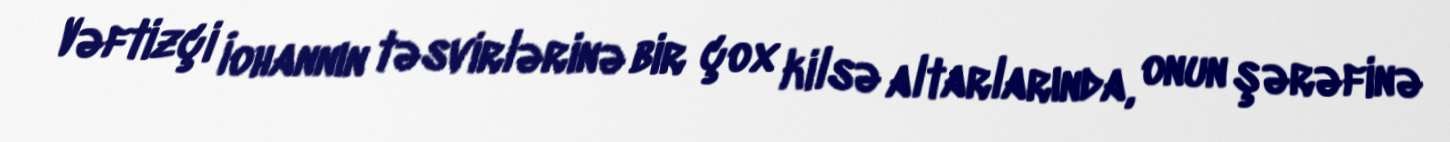
Vəftizçi İohannın təsvirlərinə bir çox kilsə altarlarında, onun şərəfinə